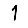
Digit: 1